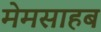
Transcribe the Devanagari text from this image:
मेमसाहब